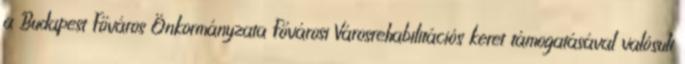
a Budapest Főváros Önkormányzata Fővárosi Városrehabilitációs keret támogatásával valósult